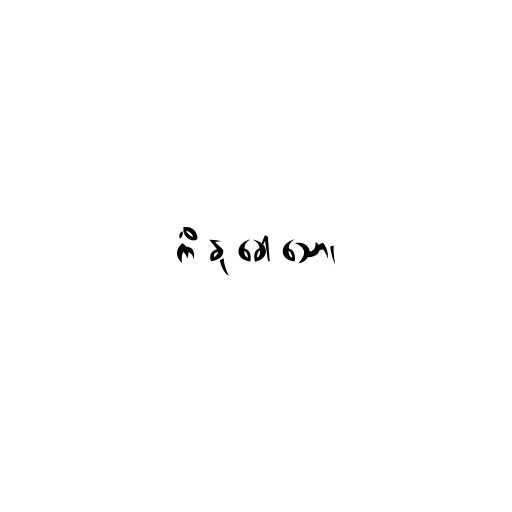
ကိံ နု ခေါ သော၊